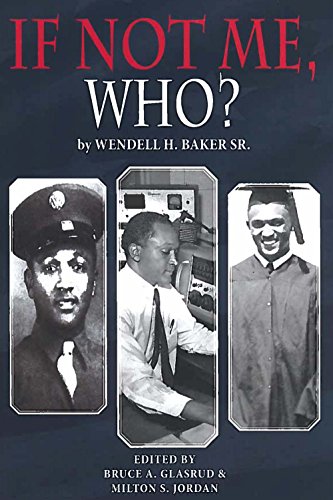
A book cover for If Not Me Who?: What one Man Accomplished in his Battle for Equality; Wendell H. Baker Sr.; Biographies & Memoirs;